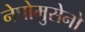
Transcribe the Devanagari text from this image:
नेपोमुसेनो